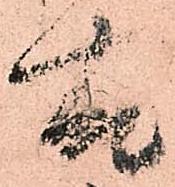
故